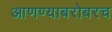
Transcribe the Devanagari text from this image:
आणण्याबरोबरच